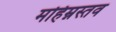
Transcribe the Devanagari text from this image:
महिम्नस्तव